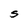
Character: S